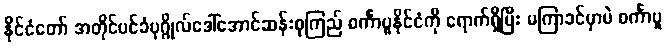
နိုင်ငံတော် အတိုင်ပင်ခံပုဂ္ဂိုလ်ဒေါ်အောင်ဆန်းစုကြည် စင်္ကာပူနိုင်ငံကို ရောက်ရှိပြီး မကြာခင်မှာပဲ စင်္ကာပူ